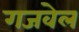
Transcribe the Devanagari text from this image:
गजवेल